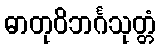
ဓာတုဝိဘင်္ဂသုတ္တံ